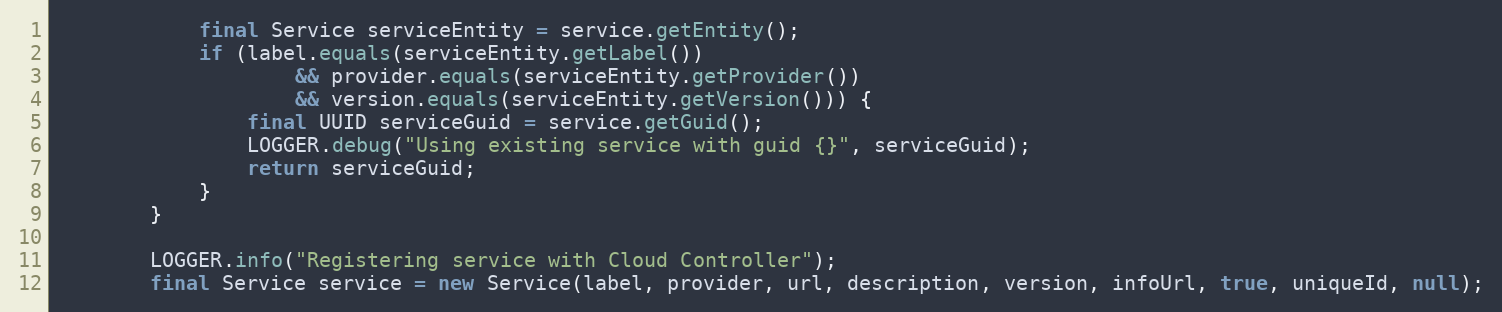
Language: Java
			final Service serviceEntity = service.getEntity();
			if (label.equals(serviceEntity.getLabel())
					&& provider.equals(serviceEntity.getProvider())
					&& version.equals(serviceEntity.getVersion())) {
				final UUID serviceGuid = service.getGuid();
				LOGGER.debug("Using existing service with guid {}", serviceGuid);
				return serviceGuid;
			}
		}

		LOGGER.info("Registering service with Cloud Controller");
		final Service service = new Service(label, provider, url, description, version, infoUrl, true, uniqueId, null);